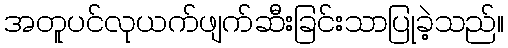
အတူပင်လုယက်ဖျက်ဆီးခြင်းသာပြုခဲ့သည်။